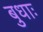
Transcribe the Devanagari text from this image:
बुधाः